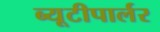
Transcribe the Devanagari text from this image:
ब्यूटीपार्लर